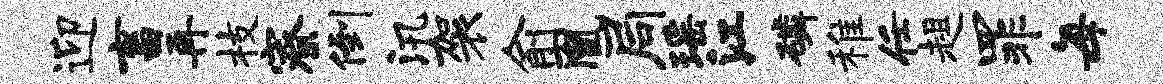
迎畜再枝寮倒汛袈俞凰局瑶江磷稚任趄罪每